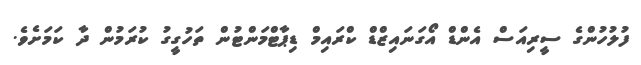
ފުލުހުންގެ ސީރިއަސް އެންޑް އޯގަނައިޒްޑް ކްރައިމް ޑިޕާޓްމަންޓުން ތަހުގީގު ކުރަމުން ދާ ކަމަށެވެ.